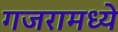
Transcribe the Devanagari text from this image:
गजरामध्ये